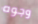
وجوه